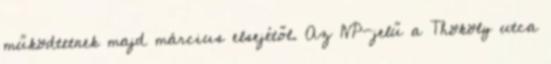
működtetnek majd március elsejétől. Az 1VP-jelű a Thököly utca